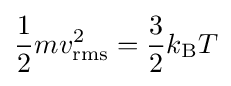
{\frac {1}{2}}mv_{\rm {rms}}^{2}={\frac {3}{2}}k_{\rm {B}}T